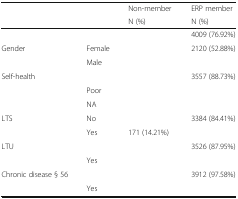
<table><thead><tr><td>[EMPTY_CELL]</td><td>[EMPTY_CELL]</td><td><b>Non-member</b></td><td><b>ERP member</b></td></tr><tr><td>[EMPTY_CELL]</td><td>[EMPTY_CELL]</td><td><b>N (%)</b></td><td><b>N (%)</b></td></tr></thead><tbody><tr><td>[EMPTY_CELL]</td><td>[EMPTY_CELL]</td><td>[EMPTY_CELL]</td><td>4009 (76.92%)</td></tr><tr><td rowspan="2">Gender</td><td>Female</td><td>[EMPTY_CELL]</td><td>2120 (52.88%)</td></tr><tr><td>Male</td><td>[EMPTY_CELL]</td><td>[EMPTY_CELL]</td></tr><tr><td rowspan="3">Self-health</td><td>[EMPTY_CELL]</td><td>[EMPTY_CELL]</td><td>3557 (88.73%)</td></tr><tr><td>Poor</td><td>[EMPTY_CELL]</td><td>[EMPTY_CELL]</td></tr><tr><td>NA</td><td>[EMPTY_CELL]</td><td>[EMPTY_CELL]</td></tr><tr><td rowspan="2">LTS</td><td>No</td><td>[EMPTY_CELL]</td><td>3384 (84.41%)</td></tr><tr><td>Yes</td><td>171 (14.21%)</td><td>[EMPTY_CELL]</td></tr><tr><td rowspan="2">LTU</td><td>[EMPTY_CELL]</td><td>[EMPTY_CELL]</td><td>3526 (87.95%)</td></tr><tr><td>Yes</td><td>[EMPTY_CELL]</td><td>[EMPTY_CELL]</td></tr><tr><td rowspan="2">Chronic disease § 56</td><td>[EMPTY_CELL]</td><td>[EMPTY_CELL]</td><td>3912 (97.58%)</td></tr><tr><td>Yes</td><td>[EMPTY_CELL]</td><td>[EMPTY_CELL]</td></tr></tbody></table>